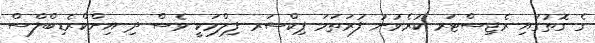
ގެ ގޮތުގައި ރެޖިސްޓަރ ކުރެވުނު ފުރަތަމަ ޕިކްސަރ ފިލްމަކީ ވެސް ދި އިންކްރެޑިބްލްސް